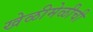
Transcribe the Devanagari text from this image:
खेळीमेळीची